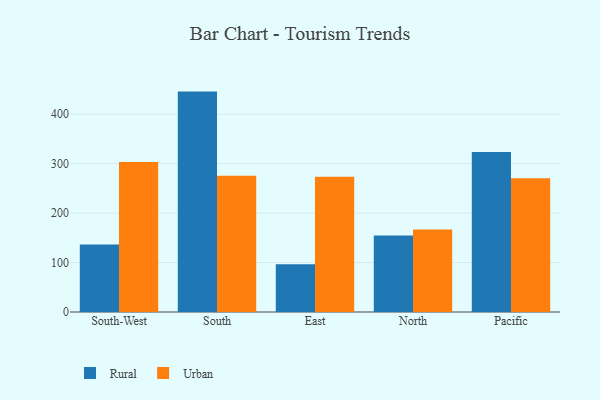
{"axis": {"x": "Region", "y": "Operating Costs (USD K)"}, "legend": ["Rural", "Urban"], "data": [{"x": "South-West", "y": 136.8, "type": "Rural"}, {"x": "South-West", "y": 303.3, "type": "Urban"}, {"x": "South", "y": 445.9, "type": "Rural"}, {"x": "South", "y": 275.4, "type": "Urban"}, {"x": "East", "y": 96.7, "type": "Rural"}, {"x": "East", "y": 273.5, "type": "Urban"}, {"x": "North", "y": 154.6, "type": "Rural"}, {"x": "North", "y": 166.8, "type": "Urban"}, {"x": "Pacific", "y": 323.8, "type": "Rural"}, {"x": "Pacific", "y": 270.6, "type": "Urban"}]}